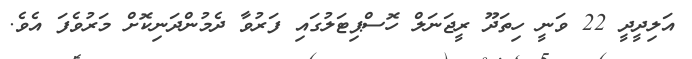
އަލިދީދީ 22 ވަނީ ހިތަދޫ ރީޖަނަލް ހޮސްޕިޓަލުގައި ފަރުވާ ދެމުންދަނިކޮށް މަރުވެފަ އެވެ.